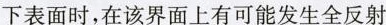
下表面时，在该界面上有可能发生全反射